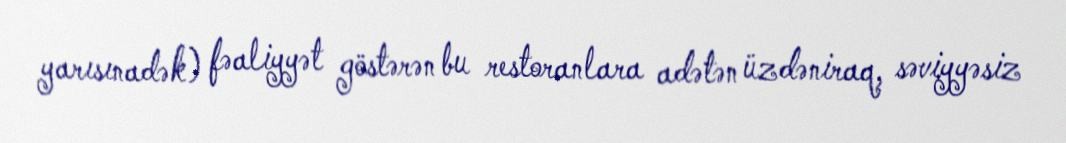
yarısınadək) fəaliyyət göstərən bu restoranlara adətən üzdəniraq, səviyyəsiz